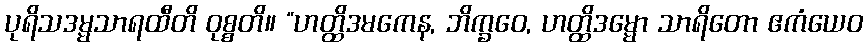
ပုရိသဒမ္မသာရထီတိ ဝုစ္စတိ။ “ဟတ္ထိဒမကေန, ဘိက္ခဝေ, ဟတ္ထိဒမ္မော သာရိတော ဧကံယေဝ